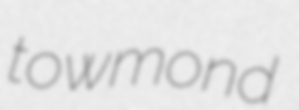
towmond